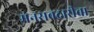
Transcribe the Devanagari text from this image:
मनसबदारीचा